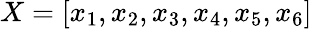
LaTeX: X=[x_{1},x_{2},x_{3},x_{4},x_{5},x_{6}]